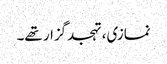
نمازی، تہجدگزار تھے۔